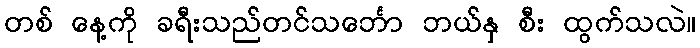
တစ် နေ့ကို ခရီးသည်တင်သင်္ဘော ဘယ်နှ စီး ထွက်သလဲ။